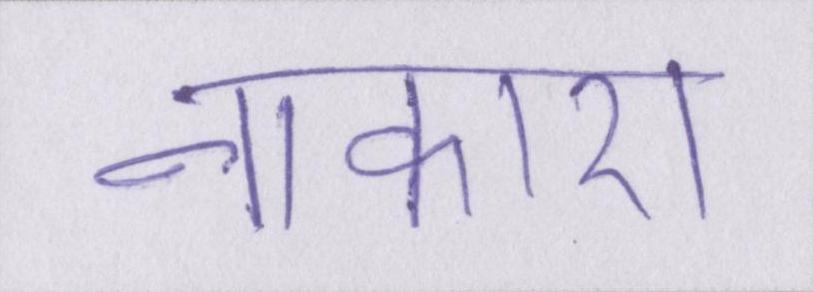
नाकारा